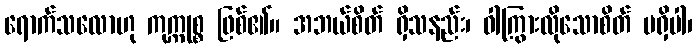
ရောက်သလောဟု ကုက္ကုစ္စ ဖြစ်၏။ အဘယ်စိတ် ရှိသနည်း၊ ဝါကြွားလိုသောစိတ် မရှိပါ၊